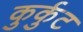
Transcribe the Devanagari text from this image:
कुर्कुट